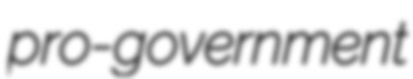
pro-government